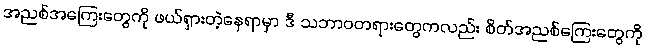
အညစ်အကြေးတွေကို ဖယ်ရှားတဲ့နေရာမှာ ဒီ သဘာဝတရားတွေကလည်း စိတ်အညစ်ကြေးတွေကို